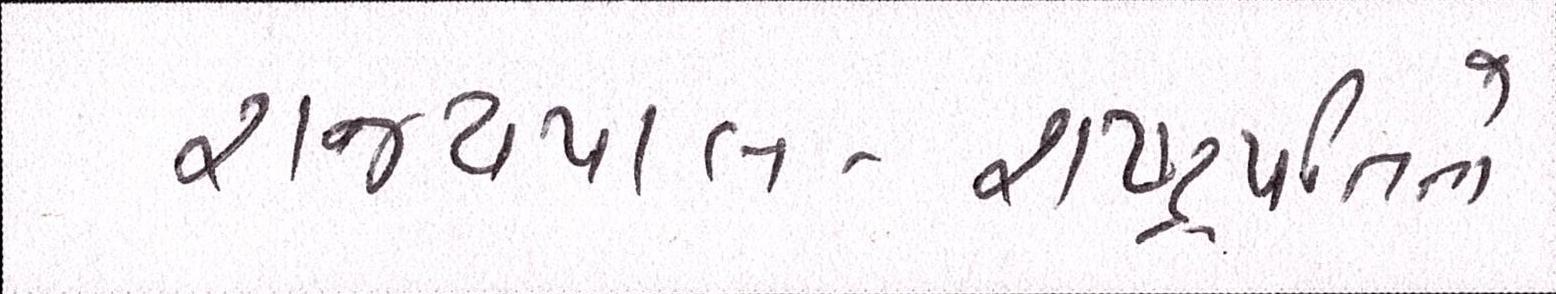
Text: રાજ્યપાલ-રાષ્ટ્રપતિનો